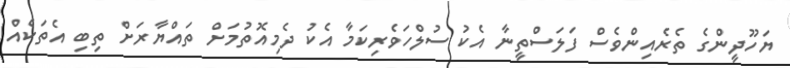
ޔަހޫދީންގެ ތެރެއިންވެސް ފަލަސްތީނާ އެކު ސުލްހަވެރިކަމާ އެކު ދެމިއޮތުމަށް ތައްޔާރަށް ތިބި އެތަކެއް